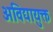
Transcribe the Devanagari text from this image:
अविद्यायुक्त